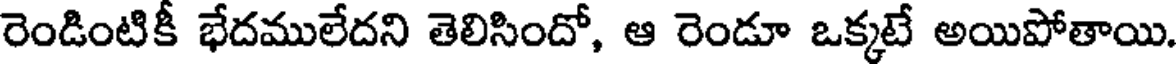
రెండింటికీ భేదములేదని తెలిసిందో, ఆ రెండూ ఒక్కటే అయిపోతాయి.